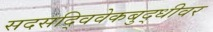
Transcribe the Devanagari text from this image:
सदसद्विवेकबुद्धीवर